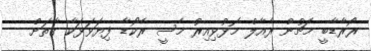
ރޯރާޑާބީ މެޗުން ރެއާލް މޮޅުވިއިރު މެސީ ރެކޯޑާ ފިޔަވަޅަކާ ގާތަށް